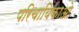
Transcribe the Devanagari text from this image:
परिचायिकाओ